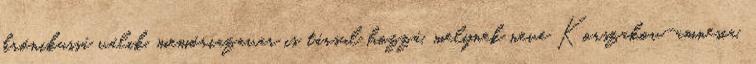
krónikussá válik, memóriazavar is társul hozzá, melynek neve Korszakov-amnesia.